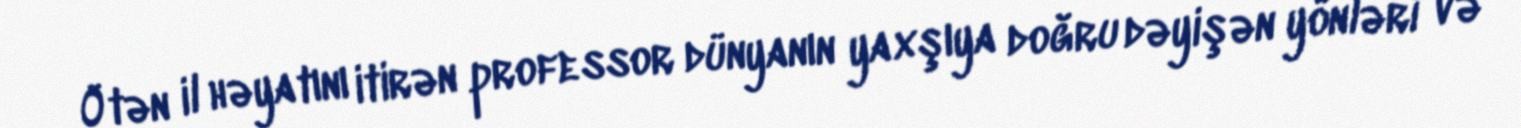
Ötən il həyatını itirən professor dünyanın yaxşıya doğru dəyişən yönləri və